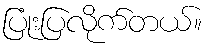
ပြုံးပြလိုက်တယ်။